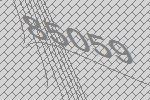
85059